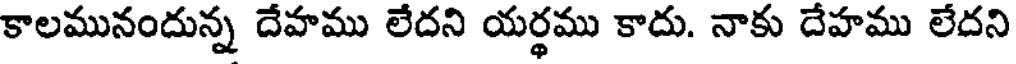
కాలమునందున్న దేవాము లేదని యర్థము కాదు. నాకు దేహము లేదని